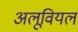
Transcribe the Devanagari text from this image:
अलूवियल